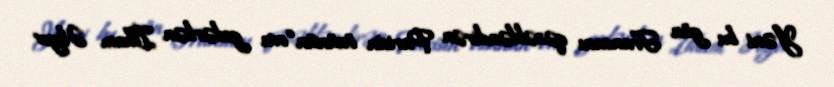
Yəni bu gün Fransanı qəzəbləndirən Parisin özünün “ova gedərkən İlham Əliyev